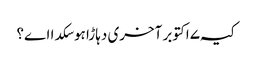
کیہ ۷ اکتوبر آخری دہاڑا ہوسکدا اے؟